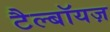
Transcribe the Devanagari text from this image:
टैल्बॉयज़